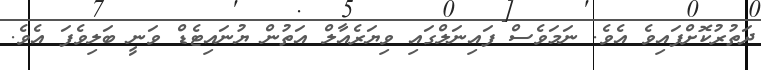
ދަތުރުކޮށްފައިވެ އެވެ. ނަމަވެސް ފައިނަލްގައި ވިޔަރެއާލް އަތުން ޔުނައިޓެޑް ވަނީ ބަލިވެފަ އެވެ.